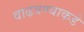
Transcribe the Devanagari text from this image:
वाढवण्याकडे